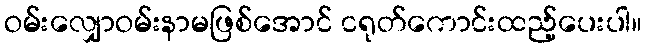
ဝမ်းလျှောဝမ်းနာမဖြစ်အောင် ငရုတ်ကောင်းထည့်ပေးပါ။